Scottish Certificate of Education, 1963
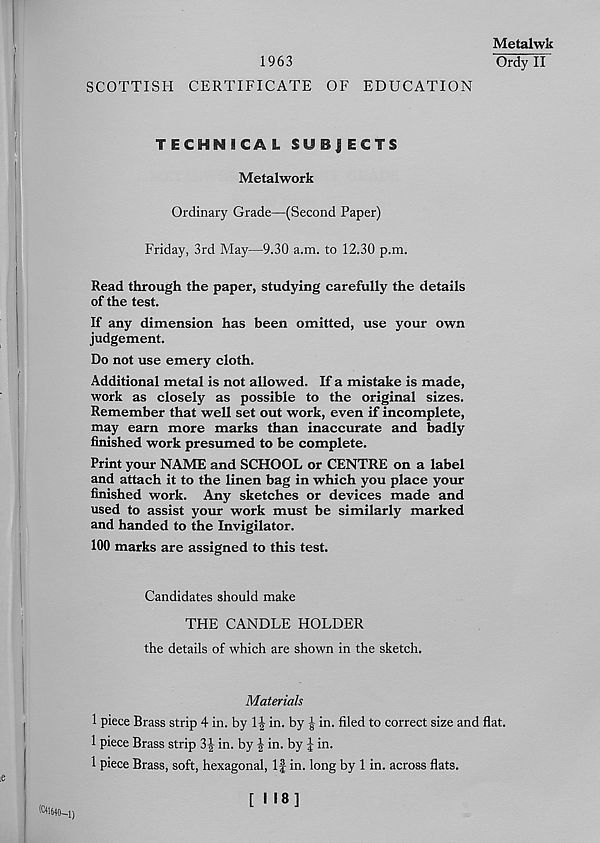
1963
SCOTTISH CERTIFICATE OF EDUCATION
Metalwk
Ordy II
TECHNICAL SUBJECTS
Metalwork
Ordinary Grade—(Second Paper)
Friday, 3rd May—9.30 a.m. to 12.30 p.m.
Read through the paper, studying carefully the details
of the test.
If any dimension has been omitted, use your own
judgement.
Do not use emery cloth.
Additional metal is not allowed. If a mistake is made,
work as closely as possible to the original sizes.
Remember that well set out work, even if incomplete,
may earn more marks than inaccurate and badly
finished work presumed to be complete.
Print your NAME and SCHOOL or CENTRE on a label
and attach it to the linen bag in which you place your
finished work. Any sketches or devices made and
used to assist your work must be similarly marked
and handed to the Invigilator.
100 marks are assigned to this test.
Candidates should make
THE CANDLE HOLDER
the details of which are shown in the sketch.
Materials
1 piece Brass strip 4 in. by 1| in. by £ in. filed to correct size and flat.
1 piece Brass strip 34 in. by \ in. by J in.
1 piece Brass, soft, hexagonal, If in. long by 1 in. across flats.
(C41J40_ij
[ NS]